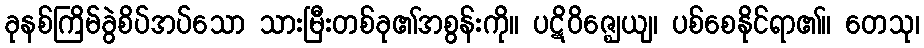
ခုနစ်ကြိမ်ခွဲစိပ်အပ်သော သားမြီးတစ်ခု၏အစွန်းကို။ ပဋိဝိဇ္ဈေယျ၊ ပစ်စေနိုင်ရာ၏။ တေသု၊